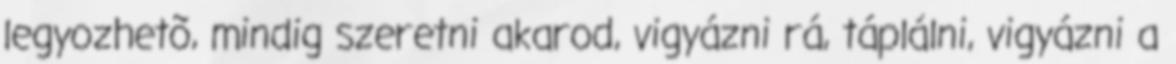
legyozhetõ, mindig szeretni akarod, vigyázni rá, táplálni, vigyázni a